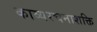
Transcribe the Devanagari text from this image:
काव्यरचनाशक्ति